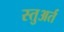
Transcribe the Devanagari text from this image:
स्तुअर्त